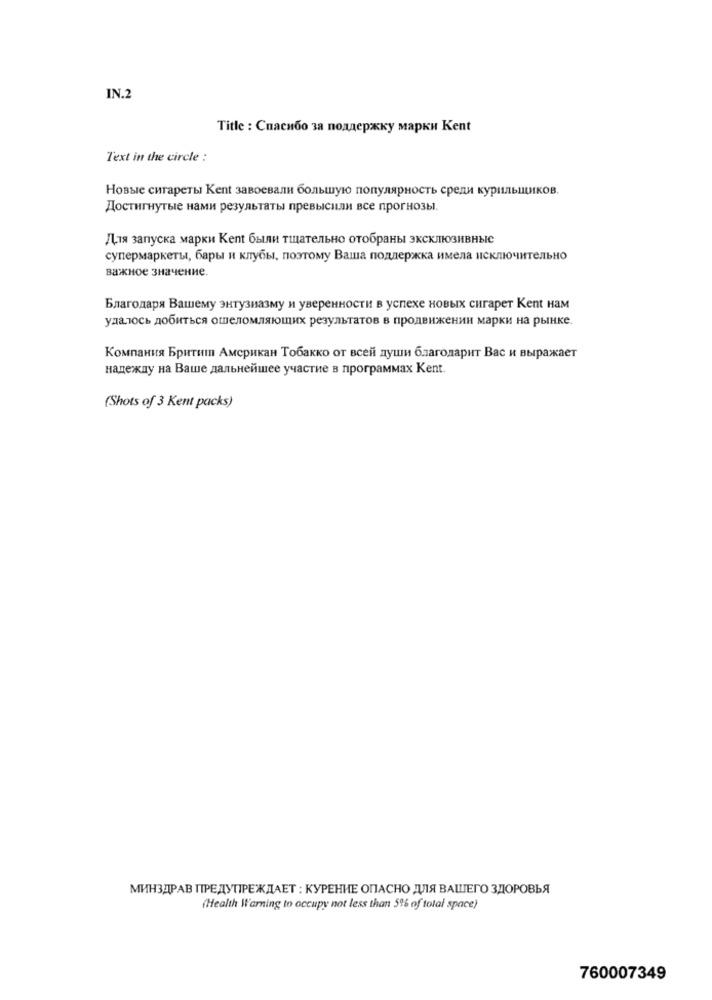
IN.2
Title : Спасибо за поддержку марки Kent
Text in the circle :
Новые сигареты Kent завоевали большую популярность среди курильщиков.
Достигнутые нами результаты превысили все прогнозы.
Для запуска марки Kent были тщательно отобраны эксклюзивные
супермаркеты, бары и клубы, поэтому Ваша поддержка имела исключительно
важное значение.
Благодаря Вашему энтузиазму и уверенности в успехе новых сигарет Kent нам
удалось добиться ошеломляющих результатов в продвижении марки на рынке.
Компания Брити Американ Тобакко от всей души благодарит Вас и выражает
надежду на Ваше дальнейшее участие в программах Kent.
(Shots of 3 Kent packs)
МИНЗДРАВ ПРЕДУПРЕЖДАЕТ : КУРЕНИЕ ОПАСНО ДЛЯ ВАШЕГО ЗДОРОВЬЯ
(Health Warning to occupy not less than 5% of total space)
760007349